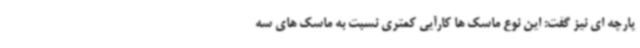
پارچه ای نیز گفت: این نوع ماسک ها کارآیی کمتری نسبت به ماسک های سه